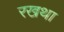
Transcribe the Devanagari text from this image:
रखथा